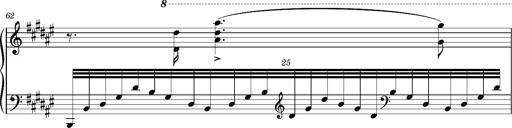
Title: Cavatine de Robert le Diable
Composer: Franz Liszt
Key: F-sharp minor